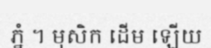
ភ្នំ ។ មុសិក ដើម ឡើយ